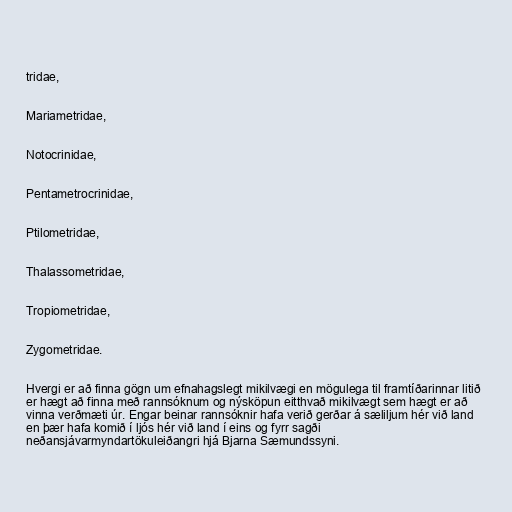
tridae,

Mariametridae,

Notocrinidae,

Pentametrocrinidae,

Ptilometridae,

Thalassometridae,

Tropiometridae,

Zygometridae.

Hvergi er að finna gögn um efnahagslegt mikilvægi en mögulega til framtíðarinnar litið
er hægt að finna með rannsóknum og nýsköpun eitthvað mikilvægt sem hægt er að
vinna verðmæti úr. Engar beinar rannsóknir hafa verið gerðar á sæliljum hér við land
en þær hafa komið í ljós hér við land í eins og fyrr sagði
neðansjávarmyndartökuleiðangri hjá Bjarna Sæmundssyni.